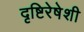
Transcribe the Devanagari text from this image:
दृष्टिरेषेशी